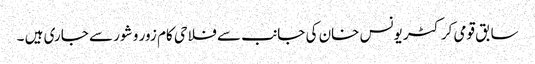
سابق قومی کرکٹر یونس خان کی جانب سے فلاحی کام زور و شور سے جاری ہیں ۔